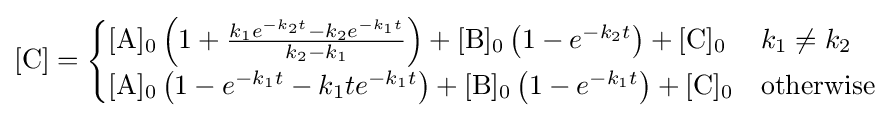
\left[{\ce {C}}\right]={\begin{cases}{\ce {[A]0}}\left(1+{\frac {k_{1}e^{-k_{2}t}-k_{2}e^{-k_{1}t}}{k_{2}-k_{1}}}\right)+{\ce {[B]0}}\left(1-e^{-k_{2}t}\right)+{\ce {[C]0}}&k_{1}\neq k_{2}\\{\ce {[A]0}}\left(1-e^{-k_{1}t}-k_{1}te^{-k_{1}t}\right)+{\ce {[B]0}}\left(1-e^{-k_{1}t}\right)+{\ce {[C]0}}&{\text{otherwise}}\\\end{cases}}